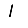
Digit: 1